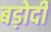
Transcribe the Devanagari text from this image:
बड़ोदी